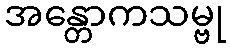
အန္တောကသမ္ဗု